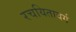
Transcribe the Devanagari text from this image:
रचयितावर्ग